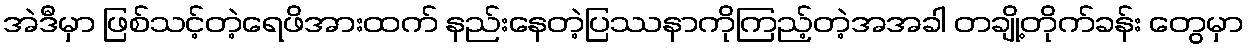
အဲဒီမှာ ဖြစ်သင့်တဲ့ရေဖိအားထက် နည်းနေတဲ့ပြဿနာကိုကြည့်တဲ့အအခါ တချို့တိုက်ခန်း တွေမှာ